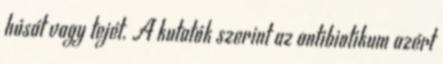
húsát vagy tejét. A kutatók szerint az antibiotikum azért